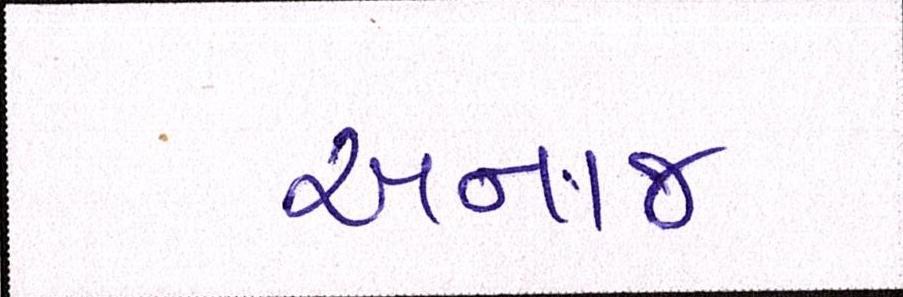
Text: અનાજ